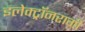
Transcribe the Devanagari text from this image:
इलेक्ट्रॉनरागी